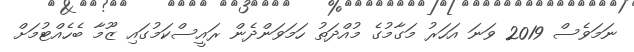
ނަމަވެސް 2019 ވަނަ އަހަރު މަގާމުގެ މުއްދަތު ހަމަވަންދެން ރައީސްކަމުގައި ޒޫމާ ބެހެއްޓުމަށް